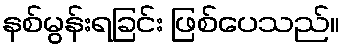
နစ်မွန်းရခြင်း ဖြစ်ပေသည်။